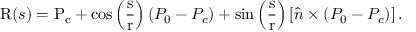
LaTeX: \mathrm { R } ( s ) = \mathrm { P _ { c } } + \cos \left( { \frac { \mathrm { s } } { \mathrm { r } } } \right) ( P _ { 0 } - P _ { c } ) + \sin \left( { \frac { \mathrm { s } } { \mathrm { r } } } \right) \left[ { \widehat { n } } \times ( P _ { 0 } - P _ { c } ) \right] .